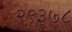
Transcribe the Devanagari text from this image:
२९३७८